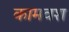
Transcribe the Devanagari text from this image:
कामवश